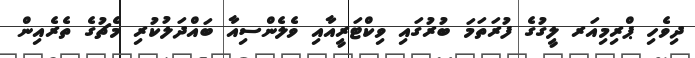
ދިވެހި ޕްރިމިއަރ ލީގުގެ ފުރަތަމަ ބުރުގައި ވިކްޓަރީއާއި ވެލެންސިއާ ބައްދަލުކުރި މެޗުގެ ތެރެއިން